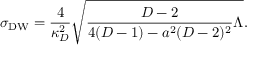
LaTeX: \sigma _ { \mathrm { D W } } = { \frac { 4 } { \kappa _ { D } ^ { 2 } } } \sqrt { { \frac { D - 2 } { 4 ( D - 1 ) - a ^ { 2 } ( D - 2 ) ^ { 2 } } } \Lambda } .